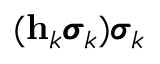
( \mathbf h _ { k } \pmb { \sigma } _ { k } ) \pmb { \sigma } _ { k }